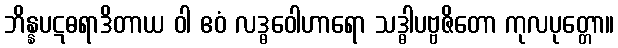
ဘိန္နပဋဓရာဒိတာယ ဝါ ဧဝံ လဒ္ဓဝေါဟာရော သဒ္ဓါပဗ္ဗဇိတော ကုလပုတ္တော။